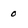
Character: 0